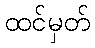
ထင်မှတ်